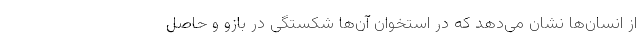
از انسان‌ها نشان می‌دهد که در استخوان‌ آن‌ها شکستگی در بازو و حاصل